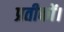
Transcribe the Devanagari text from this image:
प्रतीकों।